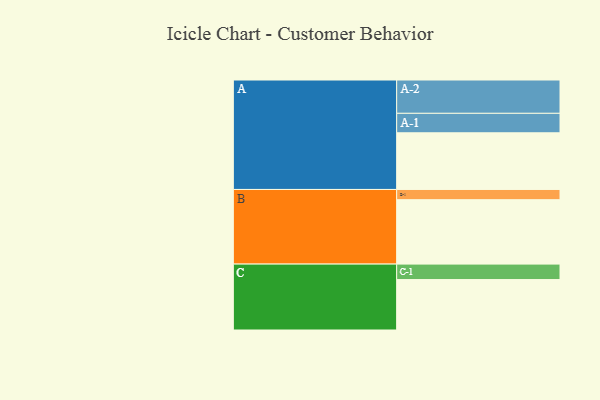
{"axis": {"x": "Segment", "y": "Value"}, "legend": ["", "A", "B", "C"], "data": [{"x": "A", "y": 454, "type": ""}, {"x": "B", "y": 516, "type": ""}, {"x": "C", "y": 404, "type": ""}, {"x": "A-1", "y": 156, "type": "A"}, {"x": "A-2", "y": 267, "type": "A"}, {"x": "B-1", "y": 82, "type": "B"}, {"x": "C-1", "y": 124, "type": "C"}]}